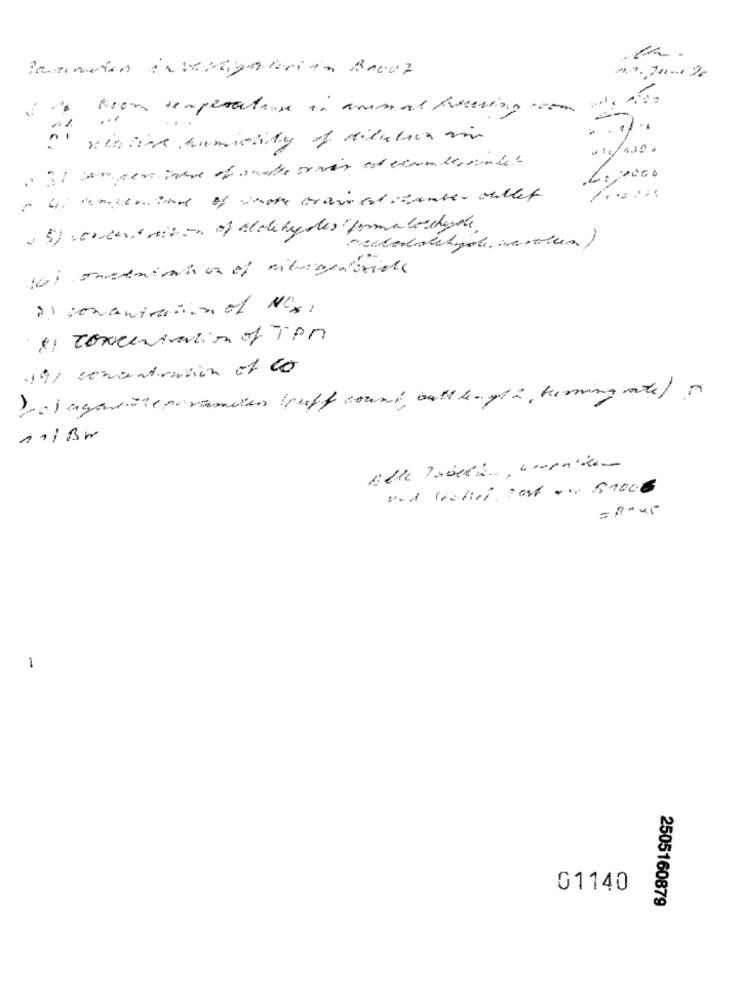
Room temperature in animal fisering .com
ni
xinthe humidity of Milkbar in
bij untersome of what travestisamber outlet
/ ......
05) ·concert reisen of Molekydes" forma boccheyale
redednechgol. vertien)
2) conantrain of NOS,
1) concentration of TPM
19/ concentration of ca
Yojagamore perancien kreft count, butthen gt2, heming ate/ A
und Michiel Post ... $1006
01140
2505160879